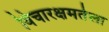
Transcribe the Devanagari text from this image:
विचारक्षमतेला